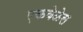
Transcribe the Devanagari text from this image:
एकवेळेस